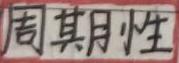
周其胜